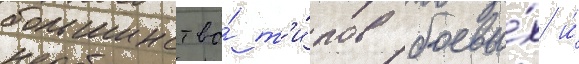
большинство́ т'и́пов боевы́х и́